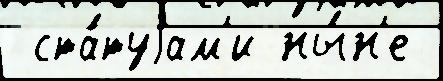
 ста́туjам'и ны́н'е